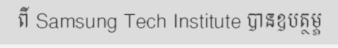
ពី Samsung Tech Institute បានឧបត្ថម្ភ